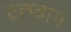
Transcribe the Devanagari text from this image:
दलवाय